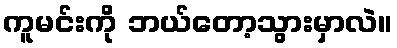
ကူမင်းကို ဘယ်တော့သွားမှာလဲ။